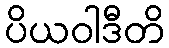
ပိယဝါဒီတိ